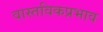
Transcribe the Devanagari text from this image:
वास्तविकप्रभाव